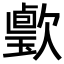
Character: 𣤦